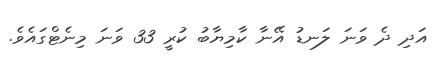
އަދި ދެ ވަނަ ލަނޑު އޭނާ ކާމިޔާބު ކުރީ 33 ވަނަ މިނެޓްގައެވެ.